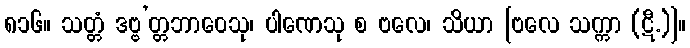
၈၁၆။ သတ္တံ ဒဗ္ဗ’တ္တဘာဝေသု၊ ပါဏေသု စ ဗလေ၊ သိယာ [ဗလေ သက္ကာ (ဋီ.)]။